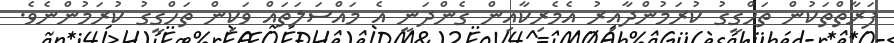
ފަރާތްތަކުން ތަހްގީގު ކުރަމުންދާއިރު އެމެރިކާއިން ގެންދަނީ އެ މައްސަލަތައް ވަކިން ތަހްގީގު ކުރަމުންނެވެ.